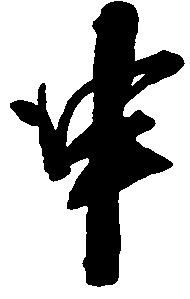
申